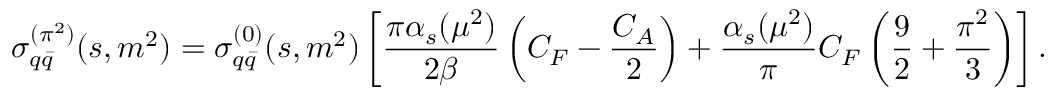
\sigma _ { q \bar { q } } ^ { ( \pi ^ { 2 } ) } ( s , m ^ { 2 } ) = \sigma _ { q \bar { q } } ^ { ( 0 ) } ( s , m ^ { 2 } ) \left[ \frac { \pi \alpha _ { s } ( \mu ^ { 2 } ) } { 2 \beta } \left( C _ { F } - \frac { C _ { A } } { 2 } \right) + \frac { \alpha _ { s } ( \mu ^ { 2 } ) } { \pi } C _ { F } \left( \frac { 9 } { 2 } + \frac { \pi ^ { 2 } } { 3 } \right) \right] .